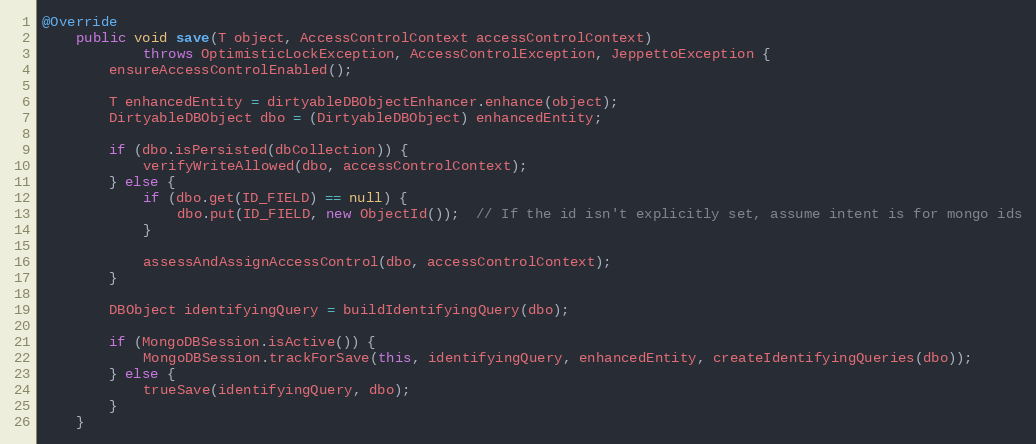
Language: Java
@Override
    public void save(T object, AccessControlContext accessControlContext)
            throws OptimisticLockException, AccessControlException, JeppettoException {
        ensureAccessControlEnabled();

        T enhancedEntity = dirtyableDBObjectEnhancer.enhance(object);
        DirtyableDBObject dbo = (DirtyableDBObject) enhancedEntity;

        if (dbo.isPersisted(dbCollection)) {
            verifyWriteAllowed(dbo, accessControlContext);
        } else {
            if (dbo.get(ID_FIELD) == null) {
                dbo.put(ID_FIELD, new ObjectId());  // If the id isn't explicitly set, assume intent is for mongo ids
            }

            assessAndAssignAccessControl(dbo, accessControlContext);
        }

        DBObject identifyingQuery = buildIdentifyingQuery(dbo);

        if (MongoDBSession.isActive()) {
            MongoDBSession.trackForSave(this, identifyingQuery, enhancedEntity, createIdentifyingQueries(dbo));
        } else {
            trueSave(identifyingQuery, dbo);
        }
    }